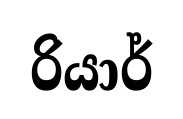
රියාර්